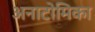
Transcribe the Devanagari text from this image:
अनाटोमिका